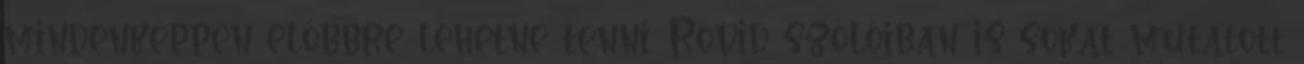
mindenképpen előbbre lehetne tenni. Rövid szólóiban is sokat mutatott